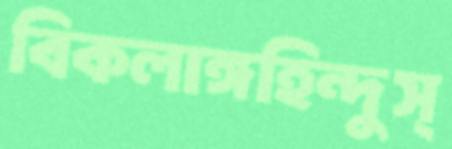
বিকলাঙ্গহিন্দুস্